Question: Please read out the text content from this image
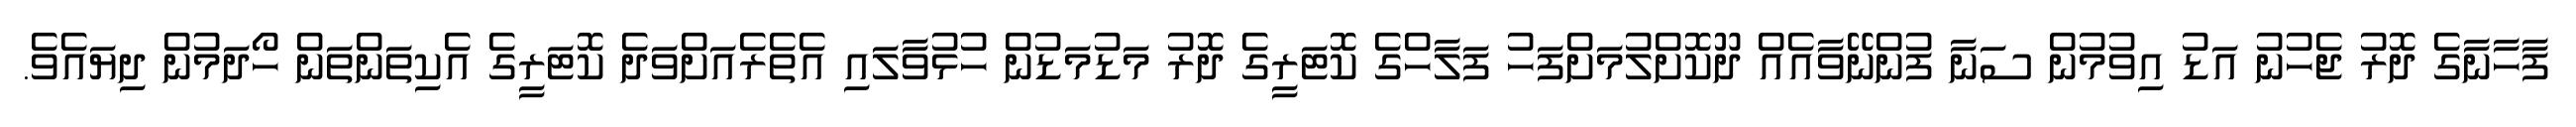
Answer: ފާހާނާގެ ދޮރު ޖެހުނު އަޑު އިވުމުން ސަނާ ފުންނޭވާއެއް ދޫކޮށްލުމަށްފަހު ފަލާހްގެ ކޮޓަރީގެ ދޮރު މަޑުމަޑުން ހުޅުވާލައި އެތެރެއަށްވަދެ ކޮޓަރީގެ އެކިތަންތަން ހޯދަމުން ދިޔައެވެ.